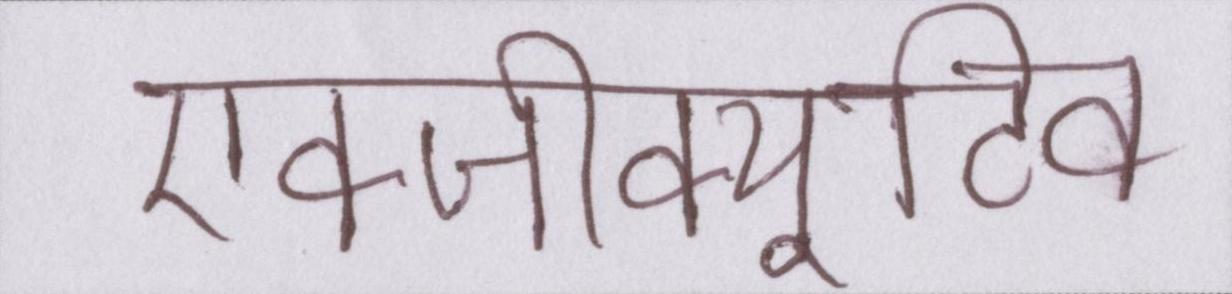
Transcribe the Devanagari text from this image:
एक्जीक्यूटिव